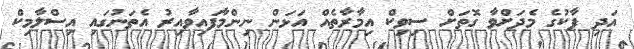
އަދި ޕާކުގެ މެދަށްވާ ގޮތަށް ސިވިކް އިމާރާތެއް އަޅަން ނިންމާފައިވާއިރު އެތަނުގައި އިސްލާމިކް